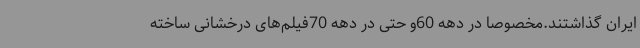
ایران گذاشتند.مخصوصا در دهه 60و حتی در دهه 70فیلم‌های درخشانی ساخته